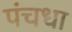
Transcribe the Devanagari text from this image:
पंचधा